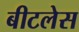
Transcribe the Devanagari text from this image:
बीटलेस